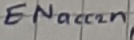
Text: ENacc2n